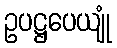
ဥပဋ္ဌပေယျုံ